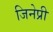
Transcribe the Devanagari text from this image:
जिनेप्री